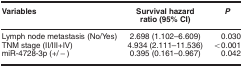
<table><thead><tr><td><b>Variables</b></td><td><b>Survival hazard ratio (95% CI)</b></td><td><b><i>P</i></b></td></tr></thead><tbody><tr><td>Lymph node metastasis (No/Yes)</td><td>2.698 (1.102–6.609)</td><td>0.030</td></tr><tr><td>TNM stage (II/III+IV)</td><td>4.934 (2.111–11.536)</td><td>&lt;0.001</td></tr><tr><td>miR-4728-3p (+/−)</td><td>0.395 (0.161–0.967)</td><td>0.042</td></tr></tbody></table>